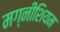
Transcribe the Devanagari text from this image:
मग्नीशियम